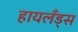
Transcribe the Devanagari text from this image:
हायलँड्स